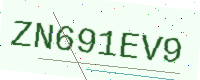
Text: ZN691EV9